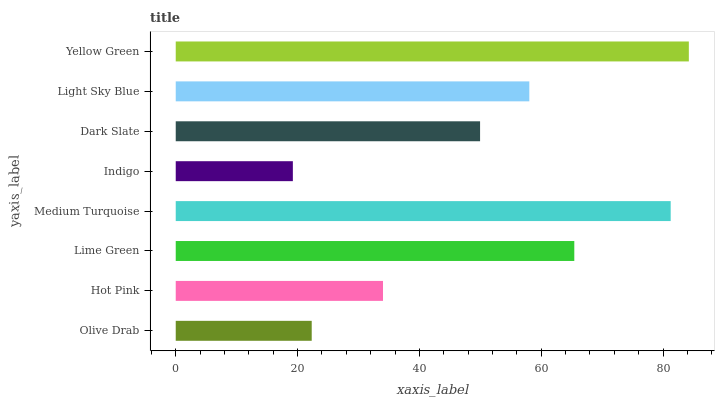
| yaxis_label | bars |
 | --- | --- |
 | Olive Drab | 22.3 |
 | Hot Pink | 34 |
 | Lime Green | 65.4 |
 | Medium Turquoise | 81.3 |
 | Indigo | 19.2 |
 | Dark Slate | 50 |
 | Light Sky Blue | 58 |
 | Yellow Green | 84.2 |